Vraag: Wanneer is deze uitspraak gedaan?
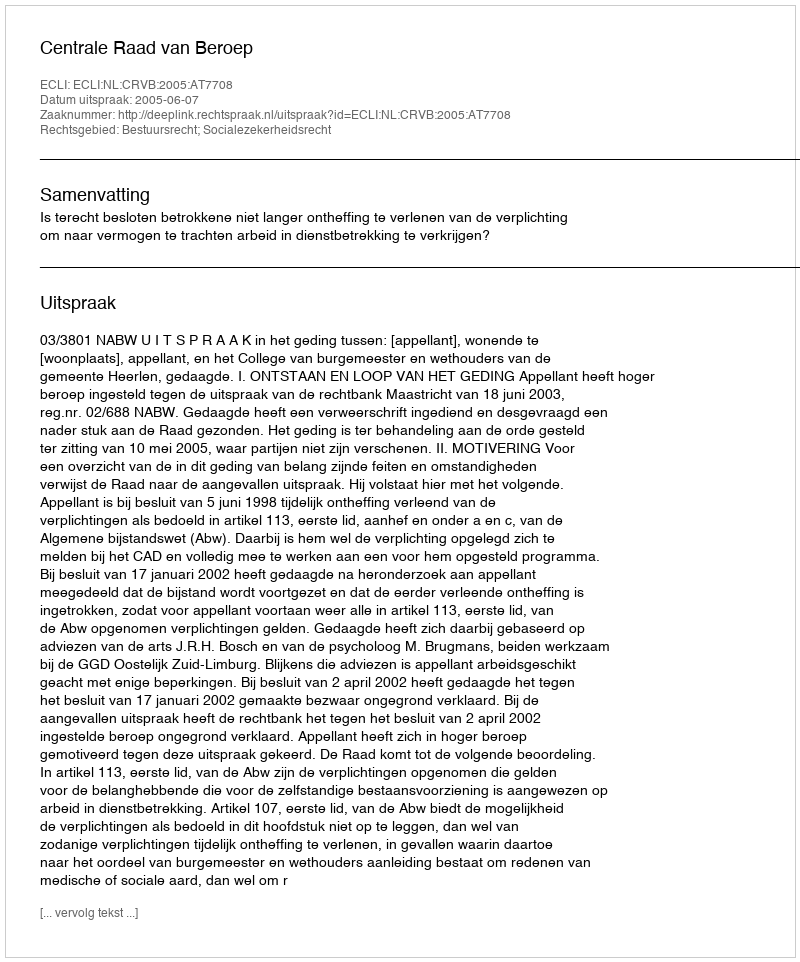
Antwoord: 2005-06-07